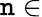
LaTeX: \mathtt{n}\in